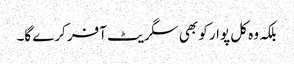
بلکہ وہ کل پوار کو بھی سگریٹ آفر کرے گا۔